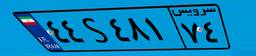
۱۴S۷۴۵۲۱